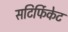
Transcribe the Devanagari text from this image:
सटिर्फिकेट